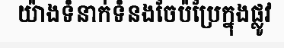
យ៉ាងទំនាក់ទំនងចែប៉ប្រែក្នុងផ្លូវ